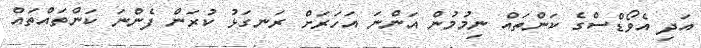
އަދި އެވޯޑްސްގެ ކަންތައް ނިމުމުން އަންނަ އަހަރަށް ރަނގަޅު ކުރަން ފެންނަ ކަންތައްތައް